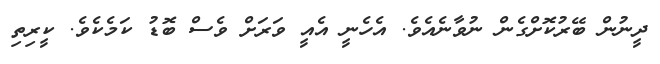
ދީނުން ބޭރުކޮށްގެން ނުވާނެއެވެ. އެހެނީ އެއީ ވަރަށް ވެސް ބޮޑު ކަމެކެވެ. ކީރިތި